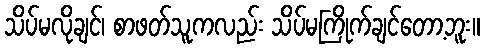
သိပ်မလိုချင်၊ စာဖတ်သူကလည်း သိပ်မကြိုက်ချင်တော့ဘူး။